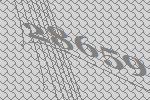
28659